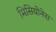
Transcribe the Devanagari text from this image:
मिसियोनेस